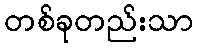
တစ်ခုတည်းသာ